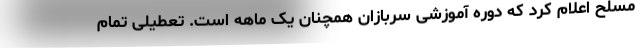
مسلح اعلام کرد که دوره آموزشی سربازان همچنان یک ماهه است. تعطیلی تمام